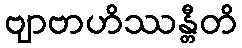
ဗျာဗာဟိဿန္တီတိ